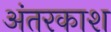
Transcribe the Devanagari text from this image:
अंतरकाश